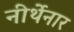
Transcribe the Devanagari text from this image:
नीर्थेनार